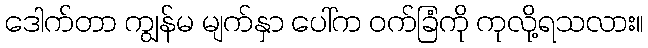
ဒေါက်တာ ကျွန်မ မျက်နှာ ပေါ်က ဝက်ခြံကို ကုလို့ရသလား။